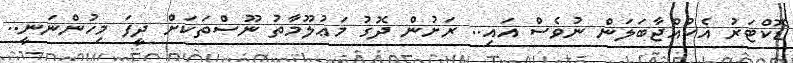
ޑޮކްޓަރު އެކުއްޖާބަލަން ނުވެސް އައި.. ރަށުން ދޮގު މަޢުލޫމާތު ނޫސްތަކަށް ދީފަ މިހުންނަނީ..